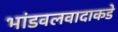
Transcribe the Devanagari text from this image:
भांडवलवादाकडे